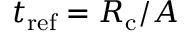
t _ { \mathrm { r e f } } = R _ { \mathrm { c } } / A